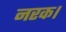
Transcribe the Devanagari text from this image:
नरक।